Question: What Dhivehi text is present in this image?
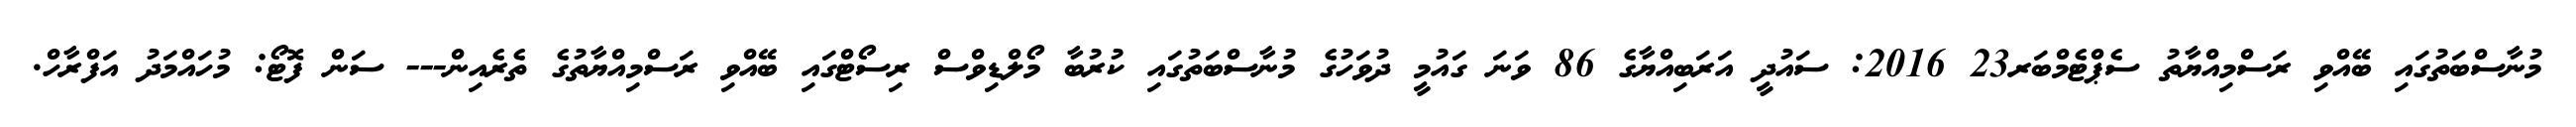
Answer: މުނާސްބަތުގައި ބޭއްވި ރަސްމިއްޔާތު ސެޕްޓެމްބަރ23 2016: ސައުދީ އަރަބިއްޔާގެ 86 ވަނަ ގައުމީ ދުވަހުގެ މުނާސްބަތުގައި ކުރުބާ މޯލްޑިވްސް ރިސޯޓްގައި ބޭއްވި ރަސްމިއްޔާތުގެ ތެރެއިން--- ސަން ފޮޓޯ: މުހައްމަދު އަފްރާހް.